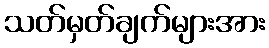
သတ်မှတ်ချက်များအား